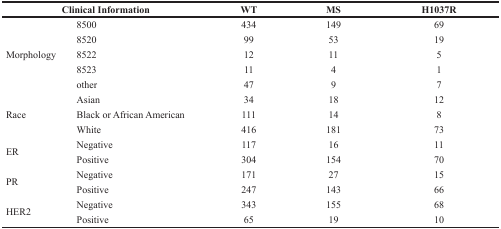
<table><thead><tr><td colspan="2"><b>Clinical Information</b></td><td><b>WT</b></td><td><b>MS</b></td><td><b>H1037R</b></td></tr></thead><tbody><tr><td rowspan="5">Morphology</td><td>8500</td><td>434</td><td>149</td><td>69</td></tr><tr><td>8520</td><td>99</td><td>53</td><td>19</td></tr><tr><td>8522</td><td>12</td><td>11</td><td>5</td></tr><tr><td>8523</td><td>11</td><td>4</td><td>1</td></tr><tr><td>other</td><td>47</td><td>9</td><td>7</td></tr><tr><td rowspan="3">Race</td><td>Asian</td><td>34</td><td>18</td><td>12</td></tr><tr><td>Black or African American</td><td>111</td><td>14</td><td>8</td></tr><tr><td>White</td><td>416</td><td>181</td><td>73</td></tr><tr><td rowspan="2">ER</td><td>Negative</td><td>117</td><td>16</td><td>11</td></tr><tr><td>Positive</td><td>304</td><td>154</td><td>70</td></tr><tr><td rowspan="2">PR</td><td>Negative</td><td>171</td><td>27</td><td>15</td></tr><tr><td>Positive</td><td>247</td><td>143</td><td>66</td></tr><tr><td rowspan="2">HER2</td><td>Negative</td><td>343</td><td>155</td><td>68</td></tr><tr><td>Positive</td><td>65</td><td>19</td><td>10</td></tr></tbody></table>